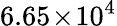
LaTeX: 6.65\! \times\! 10^{4}